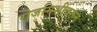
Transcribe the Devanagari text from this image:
रोजनिशीवरून